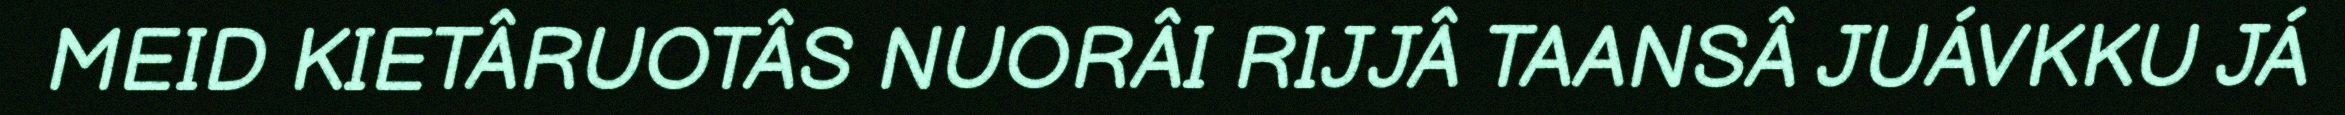
MEID KIETÂRUOTÂS NUORÂI RIJJÂ TAANSÂ JUÁVKKU JÁ